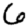
Digit: 6